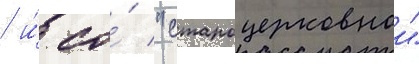
/ и́ со́ "староцерковнои"